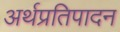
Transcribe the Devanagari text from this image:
अर्थप्रतिपादन